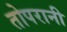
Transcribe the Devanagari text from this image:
तोपरानी